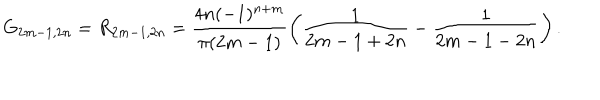
G _ { 2 m - 1 , 2 n } = R _ { 2 m - 1 , 2 n } = \frac { 4 n ( - 1 ) ^ { n + m } } { \pi ( 2 m - 1 ) } \left( \frac { 1 } { 2 m - 1 + 2 n } - \frac { 1 } { 2 m - 1 - 2 n } \right) .